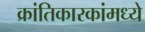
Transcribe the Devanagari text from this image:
क्रांतिकारकांमध्ये